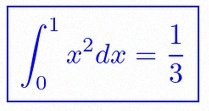
\int_0^1 x^2dx=\frac13